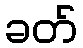
ခတ်